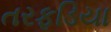
તરફડિયા